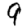
Digit: 9